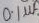
Text: 0.1µf